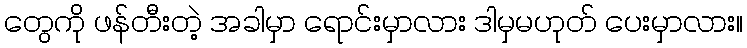
တွေကို ဖန်တီးတဲ့ အခါမှာ ရောင်းမှာလား ဒါမှမဟုတ် ပေးမှာလား။